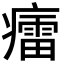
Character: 癗